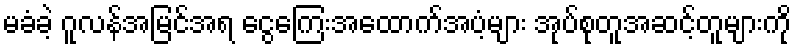
မခံခဲ့ ဂူလန်အမြင်အရ ငွေကြေးအထောက်အပံ့များ အုပ်စုတူအဆင့်တူများကို